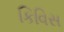
કિવિસ